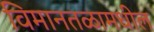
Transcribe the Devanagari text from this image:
विमानतळामधील